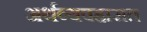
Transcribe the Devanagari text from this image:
अर्थव्यवहारात